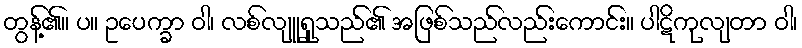
တွန့်၏။ ပ။ ဥပေက္ခာ ဝါ၊ လစ်လျူရှုသည်၏ အဖြစ်သည်လည်းကောင်း။ ပါဋိကုလျတာ ဝါ၊